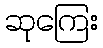
ဆုကြေး